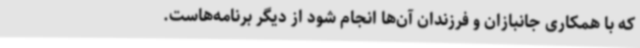
که با همکاری جانبازان و فرزندان آن‌ها انجام شود از دیگر برنامه‌هاست.